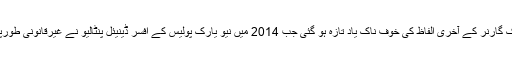
' اُن کی اس التجا سے ایرک گارنر کے آخری الفاظ کی خوف ناک یاد تازہ ہو گئی جب 2014 میں نیو یارک پولیس کے افسر ڈینیئل پنٹالیو نے غیرقانونی طورپر ایرک کا گلا دبا دیا تھا۔